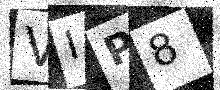
Text: VIP8